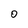
Character: 0